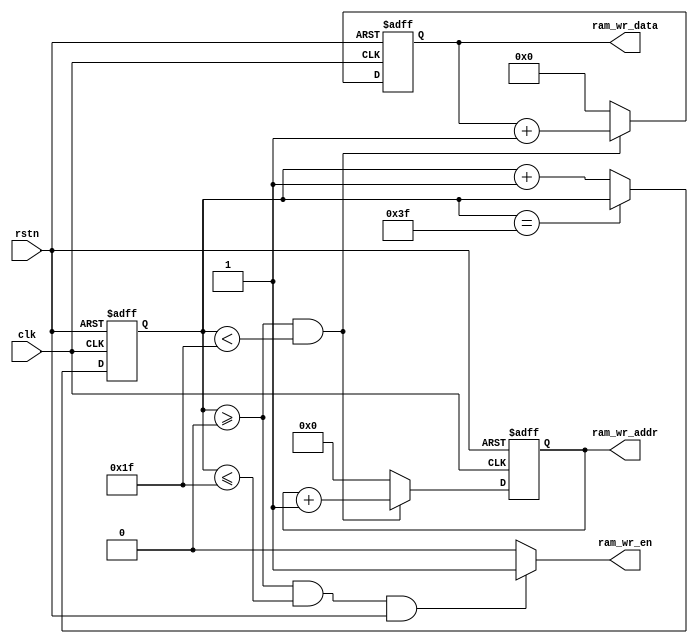
//===============================================
//
//	Version: v1.0
//
// 	This file is used to write for RAM.
//
//===============================================

module ram_wr
(
	input 						clk,
	input							rstn,	
										
	output						ram_wr_en,
	output reg [ 4:0]	ram_wr_addr,
	output reg [ 7:0]	ram_wr_data
);

// Counter for data
reg [ 5:0]					ram_wr_cnt;		

// Data valid in 0~31
assign ram_wr_en = ((ram_wr_cnt >= 6'd0) && (ram_wr_cnt <= 6'd31) && rstn) ? 1'b1 : 1'b0;

// RAM write counter
always @(posedge clk or negedge rstn)
begin
	if(!rstn)
		ram_wr_cnt <= 6'd0;
	else if(ram_wr_cnt == 6'd63)
		ram_wr_cnt <= ram_wr_cnt;
	else
		ram_wr_cnt <= ram_wr_cnt + 1'b1;
end

// RAM data in 0~31
always @(posedge clk or negedge rstn)
begin 
	if(!rstn)
		ram_wr_data <= 8'd0;
	else if(ram_wr_cnt >= 6'd0 && ram_wr_cnt < 6'd31)
		ram_wr_data <= ram_wr_data + 1'b1;
	else
		ram_wr_data <= 8'd0;
end

// RAM addr signal
always @(posedge clk or negedge rstn)
begin
	if(!rstn)
		ram_wr_addr <= 5'd0;
	else if(ram_wr_cnt >= 6'd0 && ram_wr_cnt < 6'd31)
		ram_wr_addr <= ram_wr_addr + 1'b1;
	else
		ram_wr_addr <= 5'd0;
end

endmodule